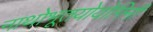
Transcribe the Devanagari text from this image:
नाथोभूतयोयोगिनी